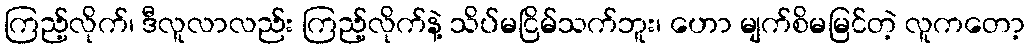
ကြည့်လိုက်၊ ဒီလူလာလည်း ကြည့်လိုက်နဲ့ သိပ်မငြိမ်သက်ဘူး၊ ဟော မျက်စိမမြင်တဲ့ လူကတော့